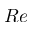
R e